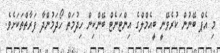
މި އެޕް ބޭނުން ކުރެވޭނީ ބީއެމްލްގެ އިންޓަނެޓް ބޭންކިން ހިދުމަތް ހޯދަމުންދާ ފަރާތްތަކަށެވެ.